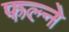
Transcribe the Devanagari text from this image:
फल्ने